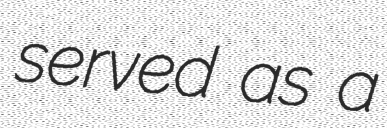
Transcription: served as a